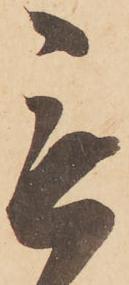
無